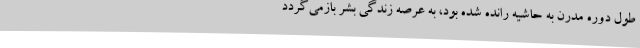
طول دوره مدرن به حاشیه رانده شده بود، به عرصه زندگی بشر بازمی‌گردد